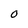
Character: O